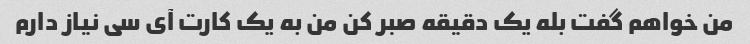
من خواهم گفت بله یک دقیقه صبر کن من به یک کارت آی سی نیاز دارم